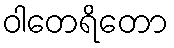
ဝါတေရိတော